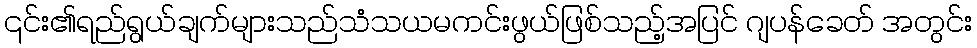
၎င်း၏ရည်ရွယ်ချက်များသည်သံသယမကင်းဖွယ်ဖြစ်သည့်အပြင် ဂျပန်ခေတ် အတွင်း